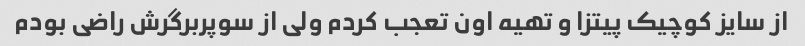
از سایز کوچیک پیتزا و تهیه اون تعجب کردم ولی از سوپربرگرش راضی بودم